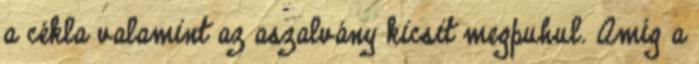
a cékla valamint az aszalvány kicsit megpuhul. Amíg a